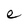
Character: e